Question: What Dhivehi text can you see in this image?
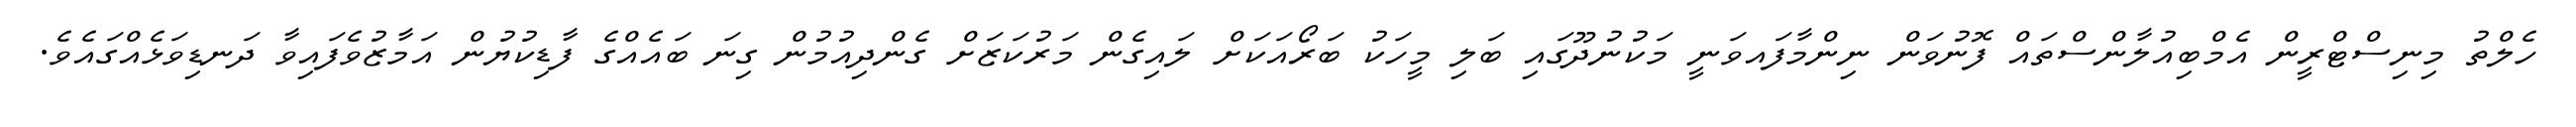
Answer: ހެލްތު މިނިސްޓްރީން އެމްބިއުލާންސްތައް ފޮނުވަން ނިންމާފައވަނީ މަކުނުދޫގައި ބަލި މީހަކު ބަރޯއަކަށް ލައިގެން މަރުކަޒަށް ގެންދިއުމުން ގިނަ ބައެއްގެ ފާޑިކުޔުން އަމާޒުވެފައިވާ ދަނޑިވަޅެއްގައެވެ.